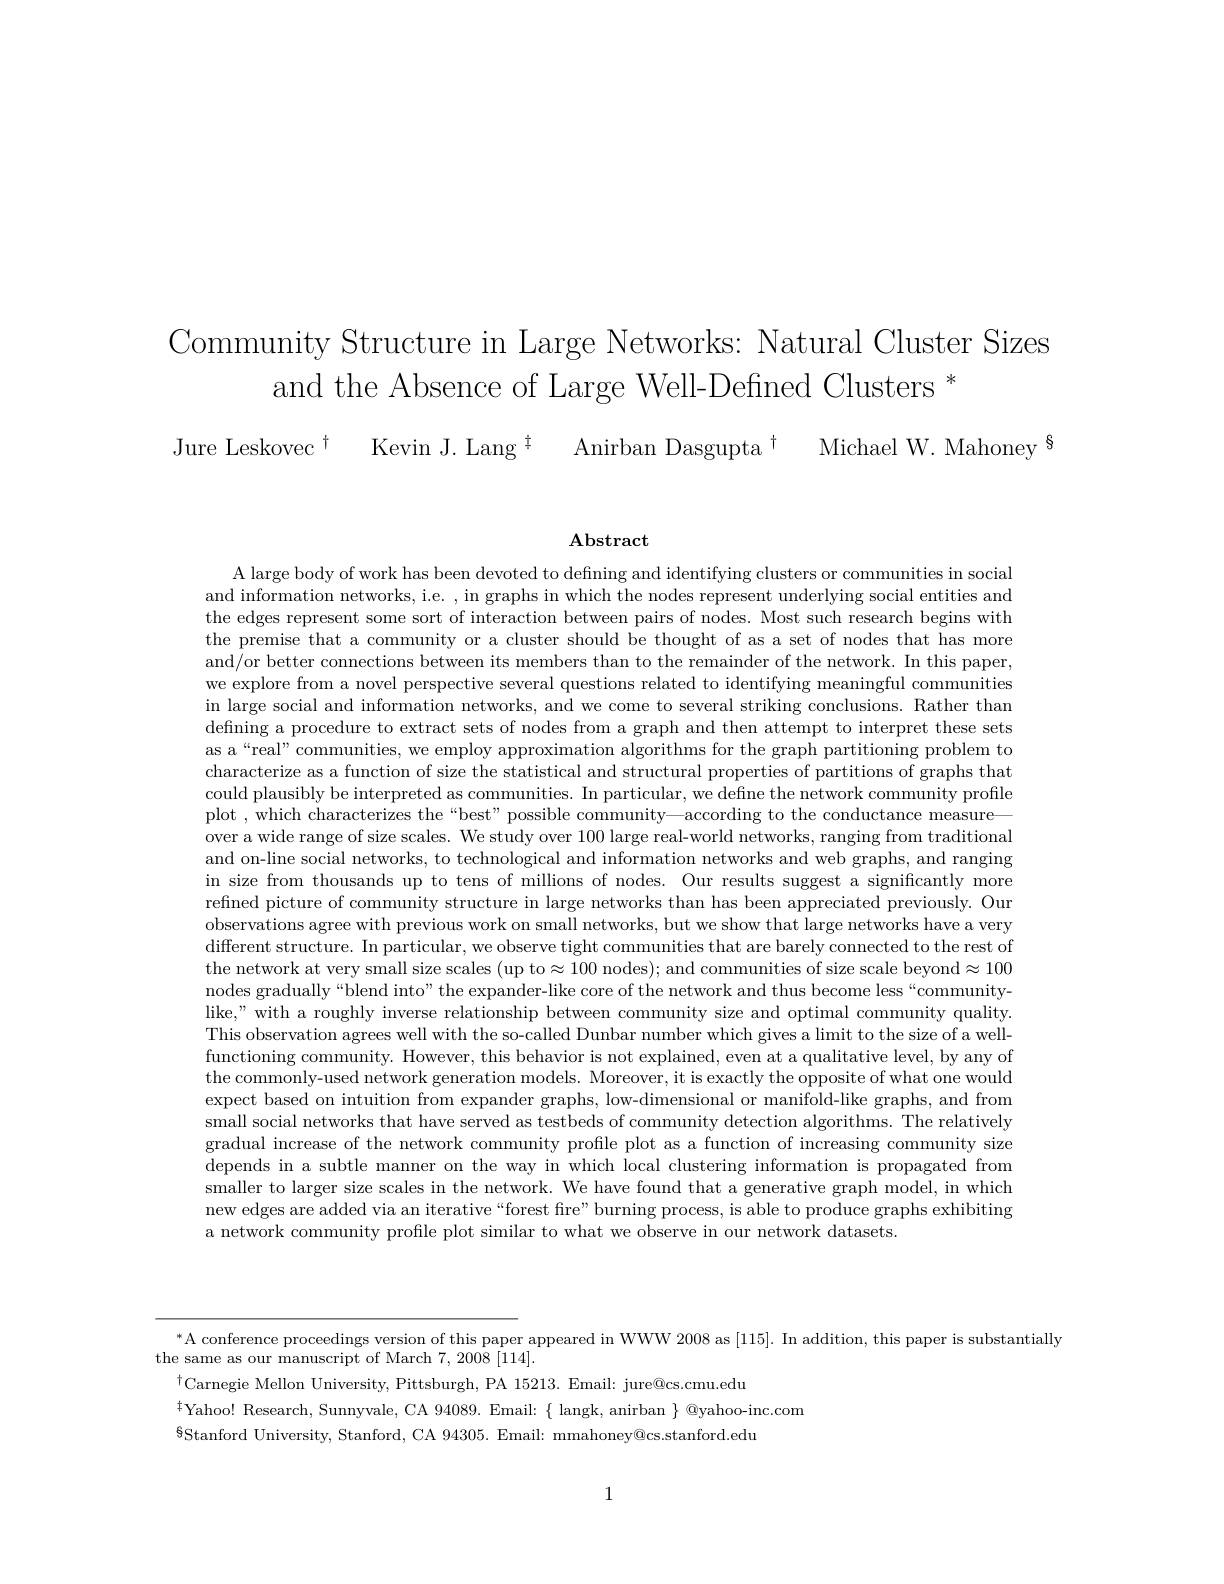
Community Structure in Large Networks: Natural Cluster Sizes
and the Absence of Large Well-Defined Clusters *
Jure Leskovec$^{\dagger }$ Kevin J.Lang$^{\ddagger }$ Anirban Dasgupta$^{\dagger }$ Michael W.Mahoney$^{\{\text{The}\}}$

$\mathbf{Abstract}$

A large body of work has been devoted to defining and identifying clusters or communities in social and information networks, i.e. , in graphs in which the nodes represent underlying social entities and the edges represent some sort of interaction between pairs of nodes. Most such research begins with the premise that a community or a cluster should be thought of as a set of nodes that has more and/or better connections between its members than to the remainder of the network. In this paper, we explore from a novel perspective several questions related to identifying meaningful communities in large social and information networks, and we come to several striking conclusions. Rather than defining a procedure to extract sets of nodes from a graph and then attempt to interpret these sets as a“real”communities, we employ approximation algorithms for the graph partitioning problem to characterize as a function of size the statistical and structural properties of partitions of graphs that could plausibly be interpreted as communities. In particular, we define the network community profile plot , which characterizes the “best” possible community—according to the conductance measure
over a wide range of size scales. We study over 100 large real-world networks, ranging from traditional and on-line social networks, to technological and information networks and web graphs, and ranging in size from thousands up to tens of millions of nodes. Our results suggest a significantly more refined picture of community structure in large networks than has been appreciated previously. Our observations agree with previous work on small networks, but we show that large networks have a very different structure. In particular, we observe tight communities that are barely connected to the rest of the network at very small size scales (up to$\approx100$ nodes); and communities of size scale beyond$\approx100$ nodes gradually“blend into” the expander-like core of the network and thus become less“communitylike," with a roughly inverse relationship between community size and optimal community quality. This observation agrees well with the so-called Dunbar number which gives a limit to the size of a wellfunctioning community. However, this behavior is not explained, even at a qualitative level, by any of the commonly-used network generation models. Moreover, it is exactly the opposite of what one would expect based on intuition from expander graphs, low-dimensional or manifold-like graphs, and from small social networks that have served as testbeds of community detection algorithms. The relatively gradual increase of the network community profile plot as a function of increasing community size depends in a subtle manner on the way in which local clustering information is propagated from smaller to larger size scales in the network. We have found that a generative graph model, in which new edges are added via an iterative “forest fire”burning process, is able to produce graphs exhibiting a network community profile plot similar to what we observe in our network datasets.

$^{*}$A conference proceedings version of this paper appeared in WWW 2008 as [115]. In addition, this paper is substantially
the same as our manuscript of March 7, 2008 [114].
$^{\dagger}$Carnegie Mellon University, Pittsburgh, PA 15213. Email: jure@cs.cmu.edu
$^{\ddagger}$Yahoo! Research, Sunnyvale, CA 94089. Email: $\{$ langk, anirban $\}$ @yahoo-inc.com
$^{\$}$Stanford University, Stanford, CA 94305. Email: mmahoney@cs.stanford.edu

1